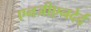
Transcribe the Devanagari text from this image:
एनजीएनदेर्द्